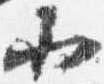
小